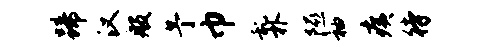
蹄汉般予巾乱朴隰袖痍待